Report on lock hospitals in British Burma
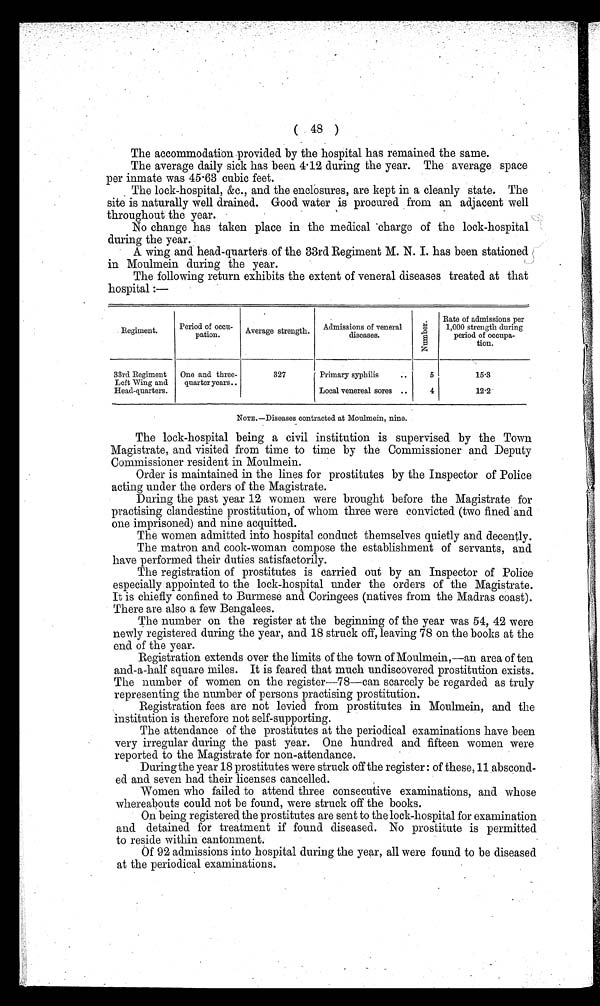
( 48 )
The accommodation provided by the hospital has remained the same.
The average daily sick has been 4.12 during the year. The average space
per inmate was 45.63 cubic feet.
The lock-hospital, &c., and the enclosures, are kept in a cleanly state. The
site is naturally well drained. Good water is procured from an adjacent well
throughout the year.
No change has taken place in the medical charge of the lock-hospital
during the year.
A wing and head-quartets of the 33rd Regiment M. N. I. has been stationed
in Moulmein during the year.
The following return exhibits the extent of veneral diseases treated at that
hospital :—
Regiment.
Period of occu-
pation.
Average strength.
Admissions of veneral
diseases.
N u m b e r .
Rate of admissions per
1,000 strength during
period of occupa-
tion.
33rd Regiment
Left Wing and
Head-quarters.
One and three-
quarter years..
327
Primary syphilis
..
5
15.3
Local venereal sores ..
4
12.2
NOTE—Diseases contracted at Moulmein, nine.
The lock-hospital being a civil institution is supervised by the Town
Magistrate, and visited from time to time by the Commissioner and Deputy
Commissioner resident in Moulmein.
Order is maintained in the lines for prostitutes by the Inspector of Police
acting under the orders of the Magistrate.
During the past year 12 women were brought before the Magistrate for
practising clandestine prostitution, of whom three were convicted (two fined and
one imprisoned) and nine acquitted.
The women admitted into hospital conduct themselves quietly and decently.
The matron and cook-woman compose the establishment of servants, and
have performed their duties satisfactorily.
The registration of prostitutes is carried out by an Inspector of Police
especially appointed to the lock-hospital under the orders of the Magistrate.
It is chiefly confined to Burmese and Coringees (natives from the Madras coast).
There are also a few Bengalees.
The number on the register at the beginning of the year was 54, 42 were
newly registered during the year, and 18 struck off, leaving 78 on the books at the
end of the year.
Registration extends over the limits of the town of Moulmein,—an area of ten
and-a-half square miles. It is feared that much undiscovered prostitution exists.
The number of women on the register—78—can scarcely be regarded as truly
representing the number of persons practising prostitution.
Registration fees are not levied from prostitutes in Moulmein, and the
institution is therefore not self-supporting.
The attendance of the prostitutes at the periodical examinations have been
very irregular during the past year. One hundred and fifteen women were
reported to the Magistrate for non-attendance.
During the year 18 prostitutes were struck off the register : of these, 11 abscond-
ed and seven had their licenses cancelled.
Women who failed to attend three consecutive examinations, and whose
whereabouts could not be found, were struck off the books.
On being registered the prostitutes are sent to the lock-hospital for examination
and detained for treatment if found diseased. No prostitute is permitted
to reside within cantonment.
Of 92 admissions into hospital during the year, all were found to be diseased
at the periodical examinations.